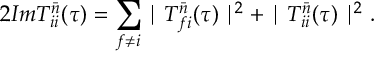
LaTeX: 2 I m T _ { i i } ^ { \bar { n } } ( \tau ) = \sum _ { f \neq i } \mid T _ { f i } ^ { \bar { n } } ( \tau ) \mid ^ { 2 } + \mid T _ { i i } ^ { \bar { n } } ( \tau ) \mid ^ { 2 } .